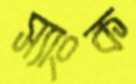
স্যাংক